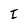
Character: i